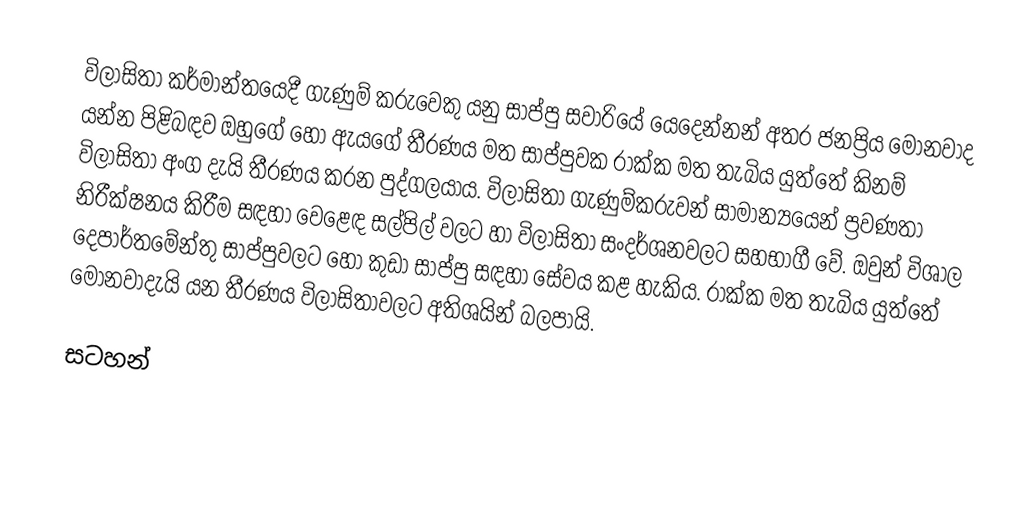
විලාසිතා කර්මාන්තයෙදී ගැණුම් කරුවෙකු යනු සාප්පු සවාරියේ යෙදෙන්නන් අතර ජනප්‍රිය මොනවාද යන්න පිළිබඳව ඔහුගේ හෝ ඇයගේ තීරණය මත සාප්පුවක රාක්ක මත තැබිය යුත්තේ කිනම් විලාසිතා අංග දැයි තීරණය කරන පුද්ගලයාය. විලාසිතා ගැණුම්කරුවන් සාමාන්‍යයෙන් ප්‍රවණතා නිරීක්ෂනය කිරීම සඳහා වෙළෙඳ සල්පිල් වලට හා විලාසිතා සංදර්ශනවලට සහභාගී වේ. ඔවුන් විශාල දෙපාර්තමේන්තු සාප්පුවලට හෝ කුඩා සාප්පු සඳහා සේවය කළ හැකිය. රාක්ක මත තැබිය යුත්තේ මොනවාදැයි යන තීරණය විලාසිතාවලට අතිශයින් බලපායි.

සටහන්